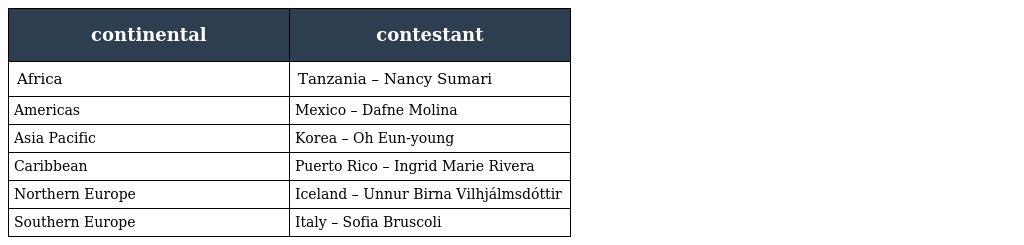
| continental | contestant |
 | --- | --- |
 | Africa | Tanzania – Nancy Sumari |
 | Americas | Mexico – Dafne Molina |
 | Asia Pacific | Korea – Oh Eun-young |
 | Caribbean | Puerto Rico – Ingrid Marie Rivera |
 | Northern Europe | Iceland – Unnur Birna Vilhjálmsdóttir |
 | Southern Europe | Italy – Sofia Bruscoli |